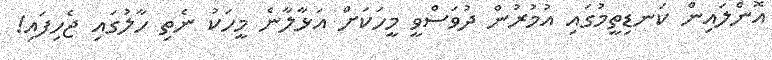
އޮންލައިން ކަނޑިތީމުގައި އުމުރުން ދުވަސްވީ މީހަކަށް އަޅާލާނެ މީހަކު ނެތި ހާލުގައި ޖެހިފައި!